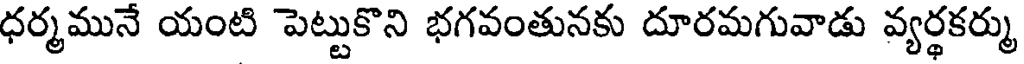
ధర్మమునే యంటి పెట్టుకొని భగవంతునకు దూరమగువాడు వ్యర్థకర్ము